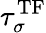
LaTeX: \tau_{\sigma}^{\mathrm{TF}}